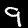
Digit: 9